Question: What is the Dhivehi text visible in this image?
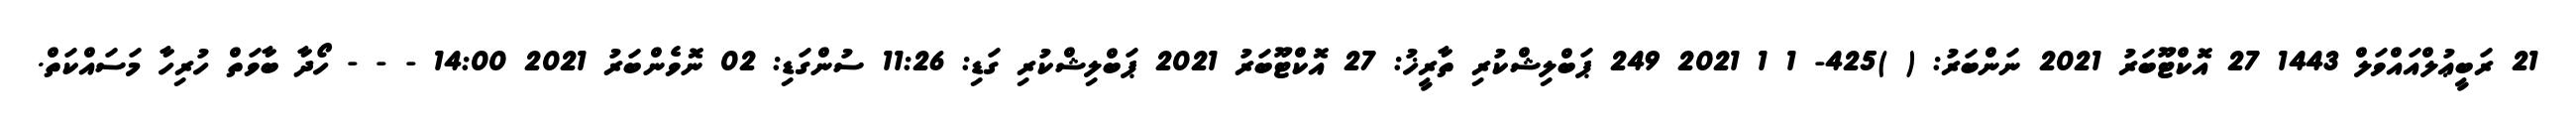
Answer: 21 ރަބީޢުލްއައްވަލް 1443 27 އޮކްޓޫބަރު 2021 ނަންބަރު: ( )425- 1 1 2021 249 ޕަބްލިޝްކުރި ތާރީޚު: 27 އޮކްޓޫބަރު 2021 ޕަބްލިޝްކުރި ގަޑި: 11:26 ސުންގަޑި: 02 ނޮވެންބަރު 2021 14:00 - - - ހޯދާ ބާވަތް ހުރިހާ މަސައްކަތް.